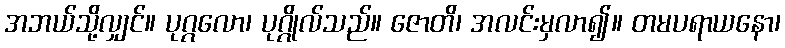
အဘယ်သို့လျှင်။ ပုဂ္ဂလော၊ ပုဂ္ဂိုလ်သည်။ ဇောတိ၊ အလင်းမှလာ၍။ တမပရာယနော၊